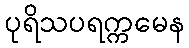
ပုရိသပရက္ကမေန